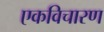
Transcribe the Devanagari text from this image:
एकविचारण